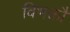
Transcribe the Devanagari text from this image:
विभक्तौ